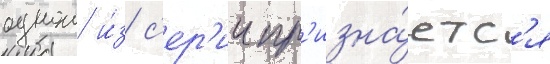
однои и́з с'ер'ии пр'изна́етс'я